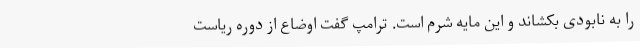
را به نابودی بکشاند و این مایه شرم است. ترامپ گفت اوضاع از دوره ریاست